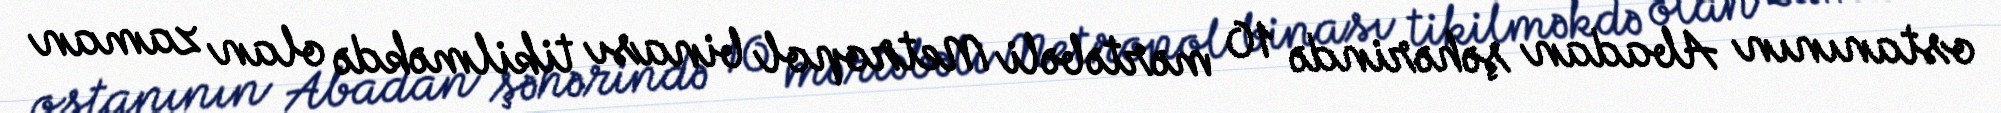
ostanının Abadan şəhərində 10 mərtəbəli Metropol binası tikilməkdə olan zaman